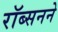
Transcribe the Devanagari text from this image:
रॉब्सनने